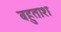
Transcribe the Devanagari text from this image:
बहुताश